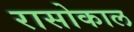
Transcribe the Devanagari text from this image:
रासोकाल